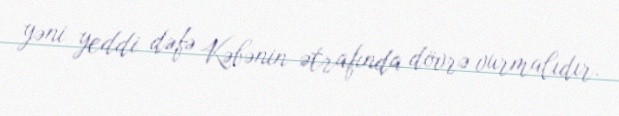
yəni yeddi dəfə Kəbənin ətrafında dövrə vurmalıdır.